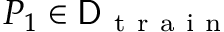
P _ { 1 } \in \mathsf { D } _ { \mathrm { ~ t ~ r ~ a ~ i ~ n ~ } }